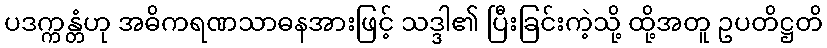
ပဒက္ကန္တံဟု အဓိကရဏသာဓနအားဖြင့် သဒ္ဒါ၏ ပြီးခြင်းကဲ့သို့ ထို့အတူ ဥပတိဋ္ဌတိ